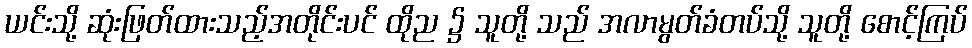
ယင်းသို့ ဆုံးဖြတ်ထားသည့်အတိုင်းပင် ထိုည ၌ သူတို့ သည် အလာမွတ်ခံတပ်သို့ သူတို့ စောင့်ကြပ်